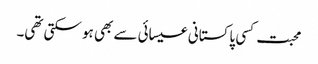
محبت کسی پاکستانی عیسائی سے بھی ہو سکتی تھی۔